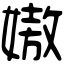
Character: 㜜